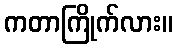
ကတာကြိုက်လား။